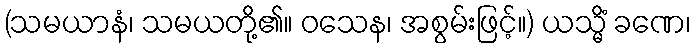
(သမယာနံ၊ သမယတို့၏။ ဝသေန၊ အစွမ်းဖြင့်။) ယသ္မိံ ခဏေ၊